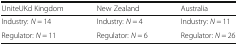
<table><thead><tr><td><b>UniteUKd Kingdom</b></td><td><b>New Zealand</b></td><td><b>Australia</b></td></tr></thead><tbody><tr><td>Industry: <i>N</i> = 14</td><td>Industry: <i>N</i> = 4</td><td>Industry: <i>N</i> = 11</td></tr><tr><td>Regulator: <i>N</i> = 11</td><td>Regulator: <i>N</i> = 6</td><td>Regulator: <i>N</i> = 26</td></tr></tbody></table>